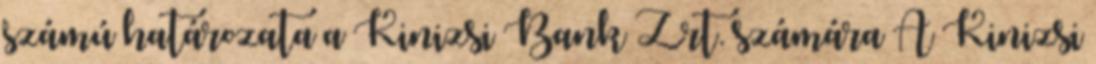
számú határozata a Kinizsi Bank Zrt. számára A Kinizsi